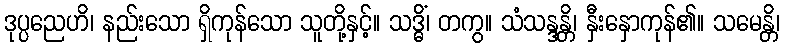
ဒုပ္ပညေဟိ၊ နည်းသော ရှိကုန်သော သူတို့နှင့်။ သဒ္ဓိံ၊ တကွ။ သံသန္ဒန္တိ၊ နှီးနှောကုန်၏။ သမေန္တိ၊